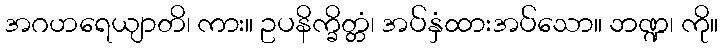
အဂဟရေယျာတိ၊ ကား။ ဥပနိက္ခိတ္တံ၊ အပ်နှံထားအပ်သော။ ဘဏ္ဍ၊ ကို။